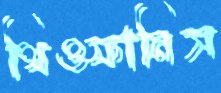
থিওফানিস